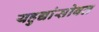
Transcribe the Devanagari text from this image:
यहुद्यांसोबत